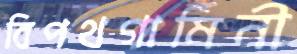
বিপথগামিনী